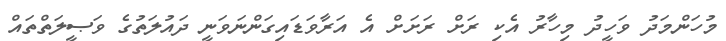
މުހަންމަދު ވަހީދު މިހާރު އެކި ރަށް ރަށަށް އެ އަރާވަޑައިގަންނަވަނީ ދައުލަތުގެ ވަޞީލަތްތައް